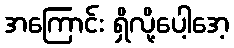
အကြောင်း ရှိလို့ပေါ့အေ့